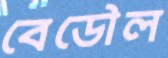
বেডৌল